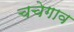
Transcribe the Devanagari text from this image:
चचेगाव